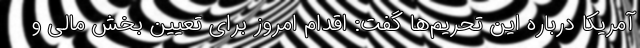
آمریکا درباره این تحریم‌ها گفت: اقدام امروز برای تعیین بخش مالی و